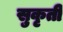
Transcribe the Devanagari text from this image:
सुकृती